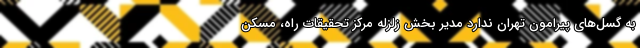
به گسل‌های پیرامون تهران ندارد مدیر بخش زلزله مرکز تحقیقات راه، مسکن